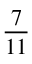
\frac { 7 } { 1 1 }